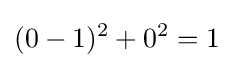
(0-1)^{2}+0^{2}=1